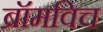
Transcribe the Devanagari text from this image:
ब्रॉमविच